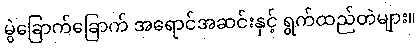
မွဲခြောက်ခြောက် အရောင်အဆင်းနှင့် ရွက်ထည်တဲများ။